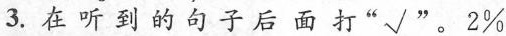
3.在听到的句子后面打”√” 。2%